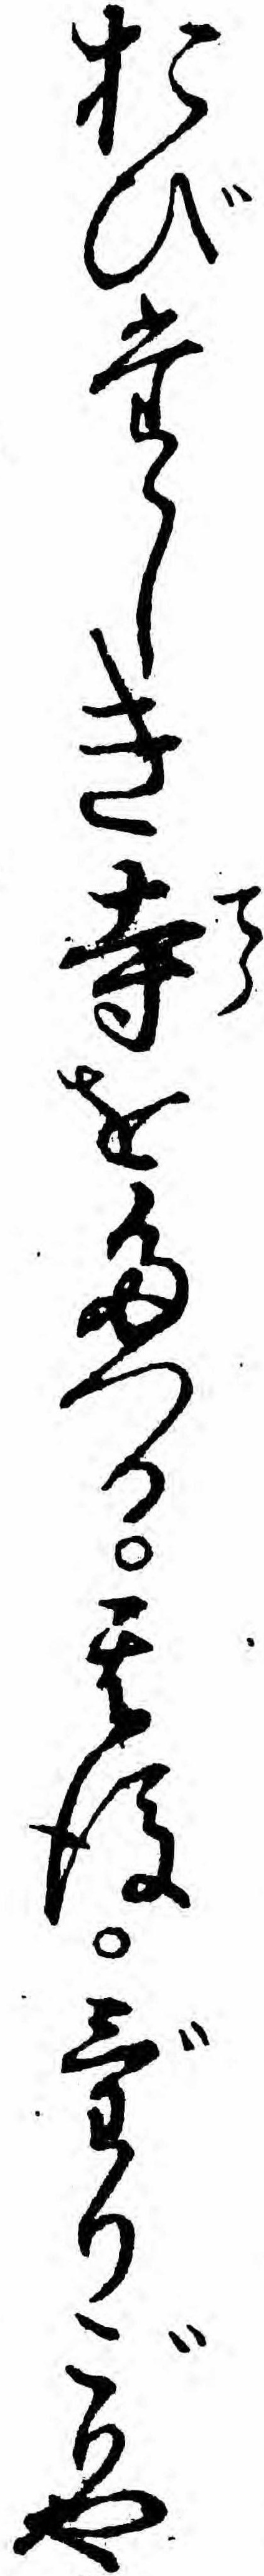
おびたゝしき寺をたつる其後げりごりや